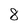
Character: 8